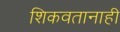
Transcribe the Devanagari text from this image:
शिकवतानाही